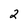
Character: 2